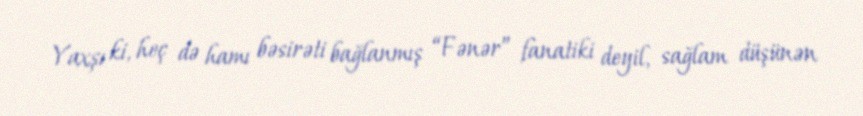
Yaxşı ki, heç də hamı bəsirəti bağlanmış “Fənər” fanatiki deyil, sağlam düşünən